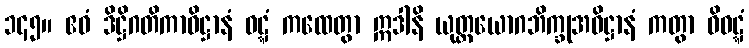
၁၄၅။ ဧဝံ ဒိဋ္ဌိဂတိကာဓိဋ္ဌာနံ ဝဋ္ဋံ ကထေတွာ ဣဒါနိ ယုတ္တယောဂဘိက္ခုအဓိဋ္ဌာနံ ကတွာ ဝိဝဋ္ဋံ